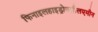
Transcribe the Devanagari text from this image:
फिनाइलहाइड्रोक्सीलएमीन